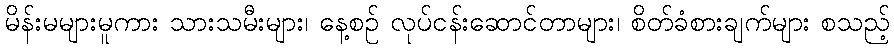
မိန်းမများမူကား သားသမီးများ၊ နေ့စဉ် လုပ်ငန်းဆောင်တာများ၊ စိတ်ခံစားချက်များ စသည့်